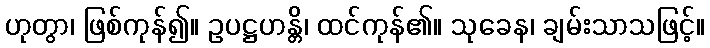
ဟုတွာ၊ ဖြစ်ကုန်၍။ ဥပဋ္ဌဟန္တိ၊ ထင်ကုန်၏။ သုခေန၊ ချမ်းသာသဖြင့်။